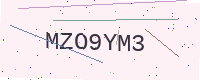
Text: MZO9YM3